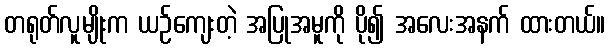
တရုတ်လူမျိုးက ယဉ်ကျေးတဲ့ အပြုအမူကို ပို၍ အလေးအနက် ထားတယ်။